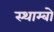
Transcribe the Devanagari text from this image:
स्थाम्बो